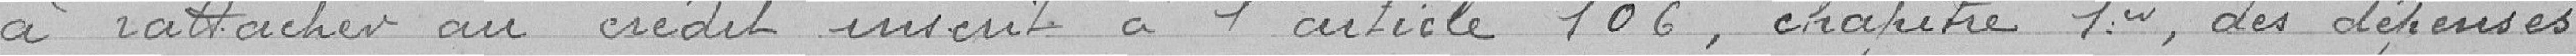
à rattacher au crédit inscrit à l'article 106, chapitre 1ern des dépenses